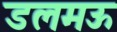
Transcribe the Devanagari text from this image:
डलमऊ